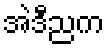
အဲဒီညက